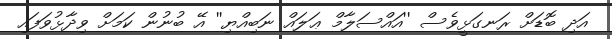
އަދި ބޮޑަށް ރަނގަޅީވެސް ''އައްސަލާމް ޢަލައް ނަބިއްޔި'' އޭ ބުނުން ކަމަށް ވިދާޅުވަފައި